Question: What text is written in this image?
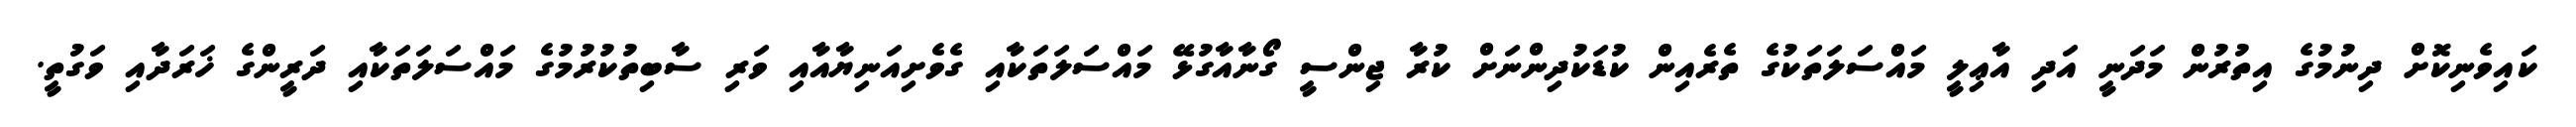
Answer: ކައިވެނިކޮށް ދިނުމުގެ އިތުރުން މަދަނީ އަދި އާޢިލީ މައްސަލަތަކުގެ ތެރެއިން ކުޑަކުދިންނަށް ކުރާ ޖިންސީ ގޯނާއާގުޅޭ މައްސަލަތަކާއި ގެވެށިއަނިޔާއާއި ވަރި ސާބިތުކުރުމުގެ މައްސަލަތަކާއި ދަރީންގެ ޚަރަދާއި ވަގުތީ.